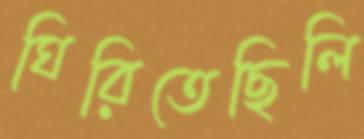
ঘিরিতেছিলি